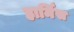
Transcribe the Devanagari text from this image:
हार्मिस